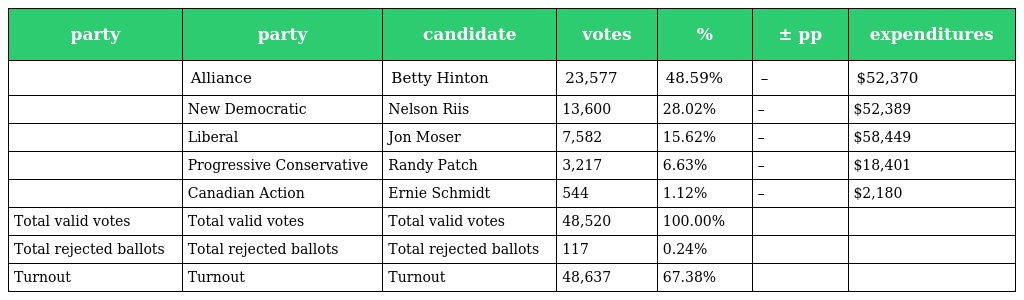
| party | party | candidate | votes | % | ± pp | expenditures |
 | --- | --- | --- | --- | --- | --- | --- |
 |  | Alliance | Betty Hinton | 23,577 | 48.59% | – | $52,370 |
 |  | New Democratic | Nelson Riis | 13,600 | 28.02% | – | $52,389 |
 |  | Liberal | Jon Moser | 7,582 | 15.62% | – | $58,449 |
 |  | Progressive Conservative | Randy Patch | 3,217 | 6.63% | – | $18,401 |
 |  | Canadian Action | Ernie Schmidt | 544 | 1.12% | – | $2,180 |
 | Total valid votes | Total valid votes | Total valid votes | 48,520 | 100.00% |  |  |
 | Total rejected ballots | Total rejected ballots | Total rejected ballots | 117 | 0.24% |  |  |
 | Turnout | Turnout | Turnout | 48,637 | 67.38% |  |  |